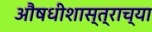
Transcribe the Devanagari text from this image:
औषधीशास्त्राच्या